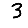
Digit: 3